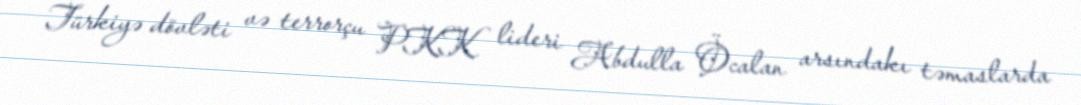
Türkiyə dövləti və terrorçu PKK lideri Abdulla Öcalan arsındakı təmaslarda